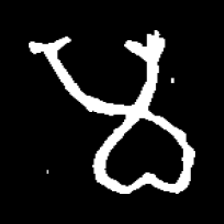
Pyu character \u2014 Myanmar letter: မ (romanized: ma)